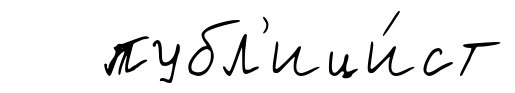
публ'ици́ст